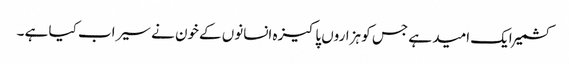
کشمیر ایک امید ہے جس کو ہزاروں پاکیزہ انسانوں کےخون نے سیراب کیا ہے ۔